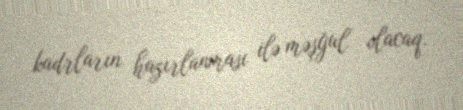
kadrların hazırlanması ilə məşğul olacaq.